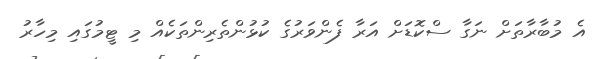
އެ މުބާރާތަށް ނަގާ ސްކޮޑަށް އަރާ ފެންވަރުގެ ކުޅުންތެރިންތަކެއް މި ޓީމުގައި މިހާރު